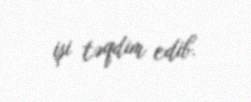
işi təqdim edib.